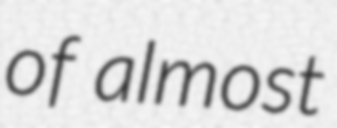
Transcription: of almost